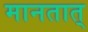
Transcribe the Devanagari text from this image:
मानतात्